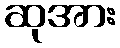
ဆုအား